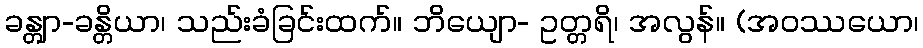
ခန္တျာ-ခန္တိယာ၊ သည်းခံခြင်းထက်။ ဘိယျော- ဥတ္တရိ၊ အလွန်။ (အဝဿယော၊